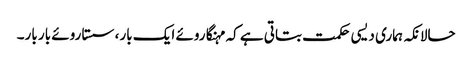
حالانکہ ہماری دیسی حکمت بتاتی ہے کہ مہنگا روئے ایک بار، سستا روئے بار بار۔